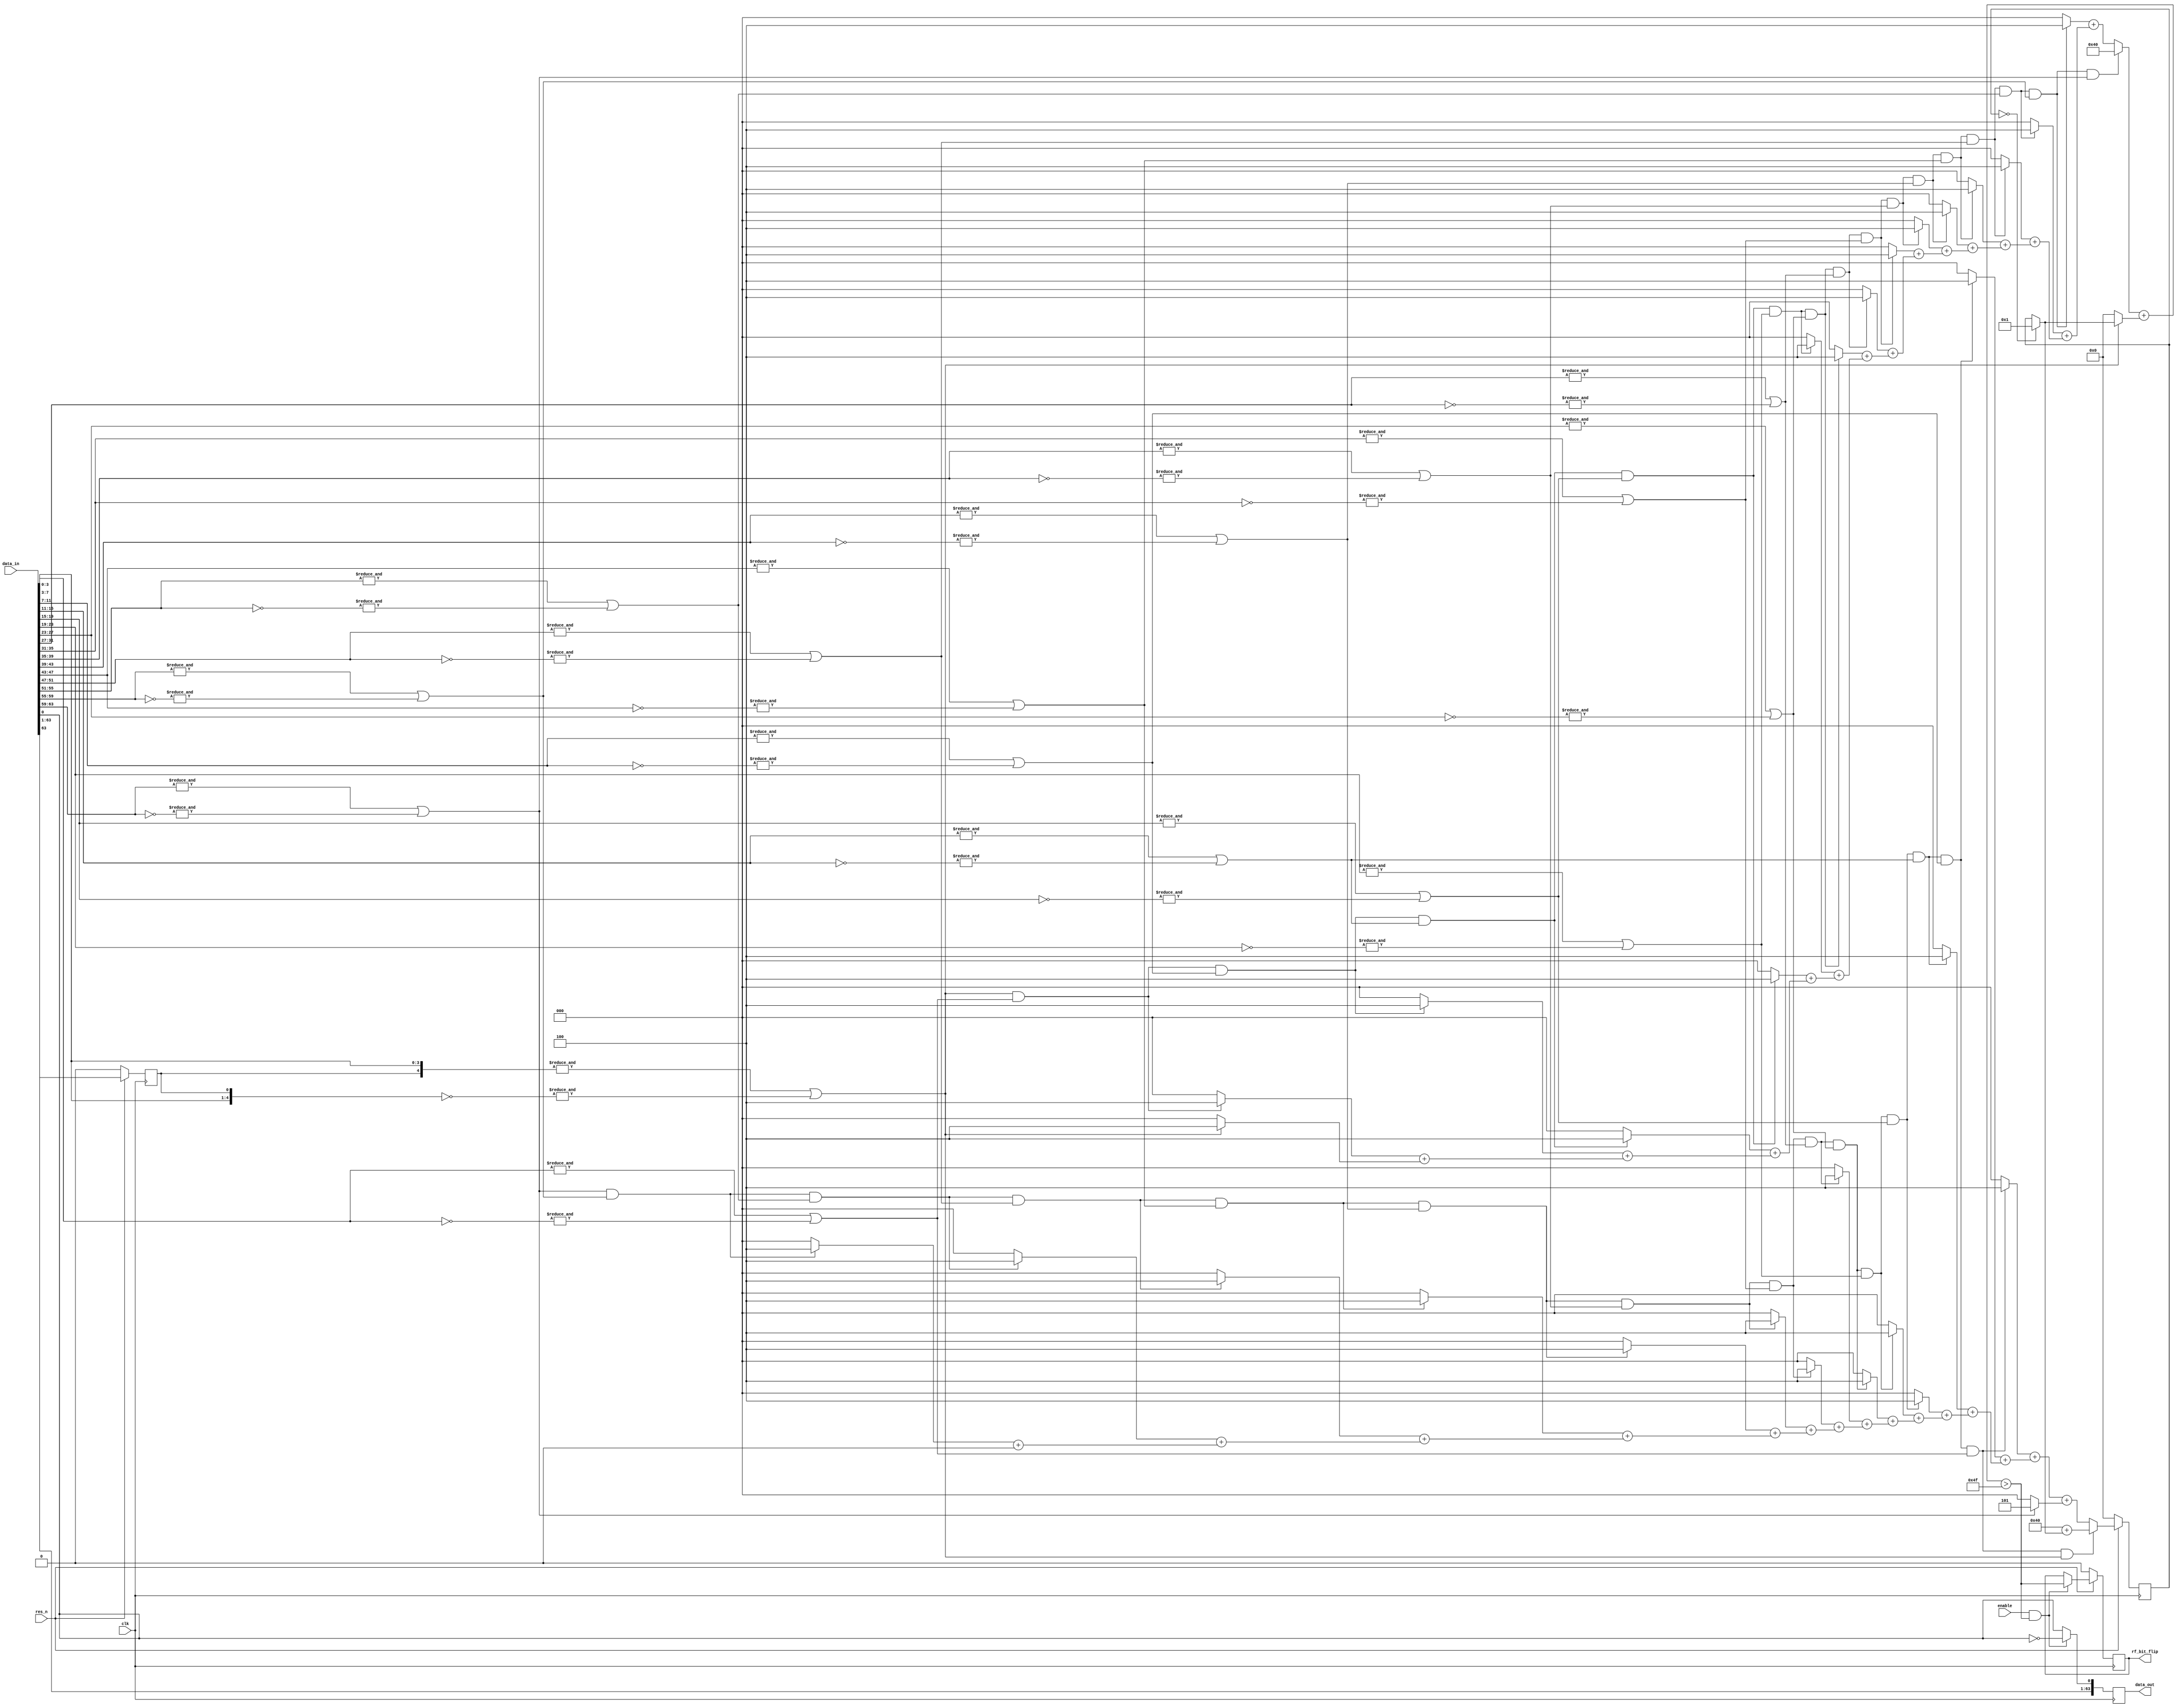
module tx_run_length_limiter #(
    parameter LANE_WIDTH  =64,
    parameter GRANULARITY =4,
    parameter RUN_LIMIT   =85
)
(
    input wire              clk,
    input wire              res_n,
    input wire              enable,
    input wire [LANE_WIDTH-1:0] data_in,
    output reg [LANE_WIDTH-1:0] data_out,
    output reg              rf_bit_flip
);

localparam NUM_CHUNKS   = (LANE_WIDTH + GRANULARITY-1)/(GRANULARITY);
localparam REM_BITS     = LANE_WIDTH - (GRANULARITY * (LANE_WIDTH/GRANULARITY));
localparam COUNT_BITS   = 8;

wire [NUM_CHUNKS-1:0] no_flip;
wire [NUM_CHUNKS-1:0] still_counting_top;
wire [NUM_CHUNKS-1:0] still_counting_bottom;

wire [COUNT_BITS-1:0] count_top;
wire [COUNT_BITS-1:0] count_top_part    [NUM_CHUNKS-1:0];
wire [COUNT_BITS-1:0] count_bottom;
wire [COUNT_BITS-1:0] count_bottom_part [NUM_CHUNKS-1:0];

wire bit_flip;

reg [COUNT_BITS-1:0] count_bottom_d1;
reg                  no_flip_bottom_d1;
reg                  data_in_bottom_d1;

genvar chunk;
genvar chunkT;
genvar chunkB;
generate

    assign no_flip[0] = &( {data_in[GRANULARITY-1:0],data_in_bottom_d1}) ||
                        &(~{data_in[GRANULARITY-1:0],data_in_bottom_d1});

    for(chunk=1; chunk<NUM_CHUNKS-1; chunk=chunk+1) begin : no_flip_gen
        assign no_flip[chunk]    =  &( data_in[(chunk+1)*(GRANULARITY)-1:chunk*(GRANULARITY)-1]) ||
                                    &(~data_in[(chunk+1)*(GRANULARITY)-1:chunk*(GRANULARITY)-1]);
    end

    assign no_flip[NUM_CHUNKS-1] =  &( data_in[LANE_WIDTH-1:(NUM_CHUNKS-1)*(GRANULARITY)-1]) ||
                                    &(~data_in[LANE_WIDTH-1:(NUM_CHUNKS-1)*(GRANULARITY)-1]);


    // Start at the top and count until a flip is found
    assign still_counting_top[0] = no_flip[0];
    assign count_top_part[0]     = (no_flip[0] ? GRANULARITY : 0);

    for(chunkT=1; chunkT<NUM_CHUNKS; chunkT=chunkT+1) begin : count_top_gen
        assign still_counting_top[chunkT]   = still_counting_top[chunkT-1] && no_flip[chunkT];
        assign count_top_part[chunkT]       = (still_counting_top[chunkT] ? GRANULARITY : 0) + count_top_part[chunkT-1];
    end

    assign count_top = (still_counting_top[NUM_CHUNKS-1] ? LANE_WIDTH :             // No flips found
                        count_top_part[NUM_CHUNKS-2]) +                     // Take the last value
                        (no_flip[0] ? (count_bottom_d1 == 0 ? 1 : count_bottom_d1) : 0); // Add the saved count

    // Start at the bottom and count until a flip is found
    assign still_counting_bottom[0] = no_flip[NUM_CHUNKS-1];
    assign count_bottom_part[0]     = 0;

    for(chunkB=1; chunkB<NUM_CHUNKS; chunkB=chunkB+1) begin : count_bottom_gen
        assign still_counting_bottom[chunkB] = still_counting_bottom[chunkB-1] && no_flip[NUM_CHUNKS-1-chunkB];
        assign count_bottom_part[chunkB]     = (still_counting_bottom[chunkB] ? GRANULARITY : 0) + count_bottom_part[chunkB-1];
    end

    assign count_bottom = still_counting_bottom[NUM_CHUNKS-1] ? LANE_WIDTH + (count_bottom_d1 == 0 ? 1 : count_bottom_d1) : // No flips found + saved count
                          count_bottom_part[NUM_CHUNKS-2] +                                     // Take the last value
                          (no_flip[NUM_CHUNKS-1] ? (REM_BITS ? REM_BITS : GRANULARITY) + 1 : 0);    // Add the remainder

endgenerate

assign bit_flip = count_top > (RUN_LIMIT - (GRANULARITY-1) - (REM_BITS ? REM_BITS-1 : GRANULARITY-1));

`ifdef ASYNC_RES
always @(posedge clk or negedge res_n)  begin `else
always @(posedge clk)  begin `endif

    `ifdef RESET_ALL
        if(!res_n) begin
            data_out <= {DWIDTH {1'b0}};
        end else 
    `endif
    begin
        if (enable && bit_flip) begin
            data_out    <= {data_in[LANE_WIDTH-1:1], ~data_in[0]};
        end else begin
            data_out    <= data_in;
        end
    end
    if (!res_n) begin
        count_bottom_d1   <= { COUNT_BITS {1'b0}};
        no_flip_bottom_d1 <= 1'b0;
        data_in_bottom_d1 <= 1'b0;
        rf_bit_flip       <= 1'b0;
    end else begin
        count_bottom_d1   <= count_bottom;
        no_flip_bottom_d1 <= no_flip[NUM_CHUNKS-1];
        data_in_bottom_d1 <= data_in[LANE_WIDTH-1];
        if (enable && bit_flip) begin
            rf_bit_flip <= bit_flip;
        end
    end
end

endmodule